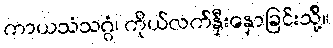
ကာယသံသဂ္ဂံ၊ ကိုယ်လက်နှီးနှောခြင်းသို့်။